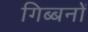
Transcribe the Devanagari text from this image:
गिब्बनों